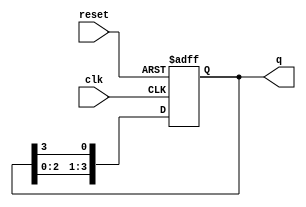
module ring_counter (
    input wire clk,       // Clock input
    input wire reset,     // Reset input
    output reg [3:0] q    // 4-bit output representing the current state
);

// Initial state for the ring counter
initial begin
    q = 4'b1000; // Start with '1000'
end

// Synchronous process
always @(posedge clk or posedge reset) begin
    if (reset) begin
        q <= 4'b1000; // Reset to initial state
    end else begin
        // Shift the bits in a ring fashion
        q <= {q[2:0], q[3]}; // Shift left and wrap around
    end
end

endmodule